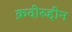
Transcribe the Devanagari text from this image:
क़दीरुद्दीन